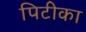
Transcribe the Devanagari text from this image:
पिटीका